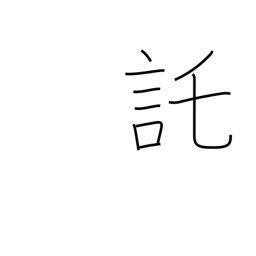
Meaning: pretend